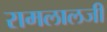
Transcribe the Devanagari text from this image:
रामलालजी